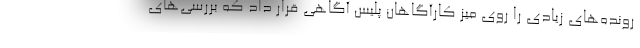
رونده‌های زیادی را روی میز کارآگاهان پلیس آگاهی قرار داد که بررسی‌های